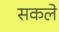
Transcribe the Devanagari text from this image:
सकले